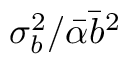
\sigma _ { b } ^ { 2 } / \bar { \alpha } \bar { b } ^ { 2 }